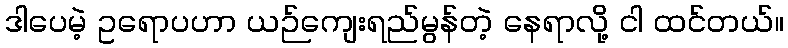
ဒါပေမဲ့ ဥရောပဟာ ယဉ်ကျေးရည်မွန်တဲ့ နေရာလို့ ငါ ထင်တယ်။